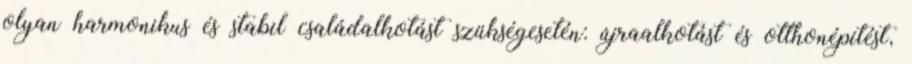
olyan harmonikus és stabil családalkotást szükségesetén: újraalkotást és otthonépítést,